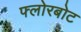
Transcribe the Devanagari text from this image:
फ्लोरबोट